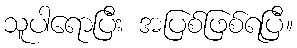
သူပါရောပြီး အပြစ်ဖြစ်ရပြီ။